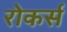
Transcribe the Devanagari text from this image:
रोकर्स